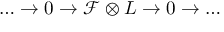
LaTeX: \ldots \to 0 \to \mathcal { F } \otimes L \to 0 \to \ldots